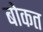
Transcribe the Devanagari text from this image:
बोकत